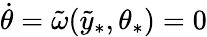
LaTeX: \dot{\theta}=\tilde{\omega}(\tilde{y}_{\ast},\theta_{\ast})=0